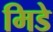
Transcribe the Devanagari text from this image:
मिडे